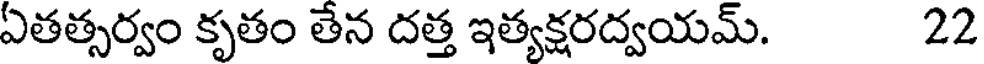
ఏతత్సర్వం కృతం తేన దత్త ఇత్యక్షరద్వయమ్. 22